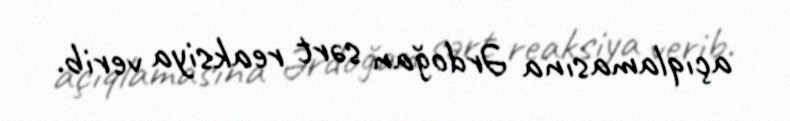
açıqlamasına Ərdoğan sərt reaksiya verib.